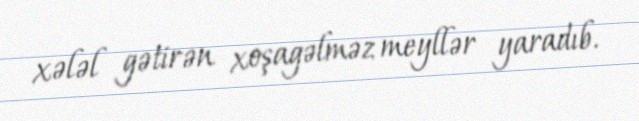
xələl gətirən xoşagəlməz meyllər yaradıb.